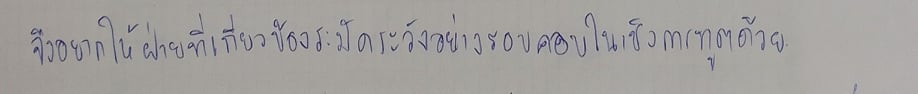
จึงอยากให้ฝ่ายที่เกี่ยวข้องระมัดระวังอย่างรอบคอบในเชิงการทูตด้วย"